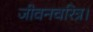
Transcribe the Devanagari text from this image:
जीवनचरित्र।